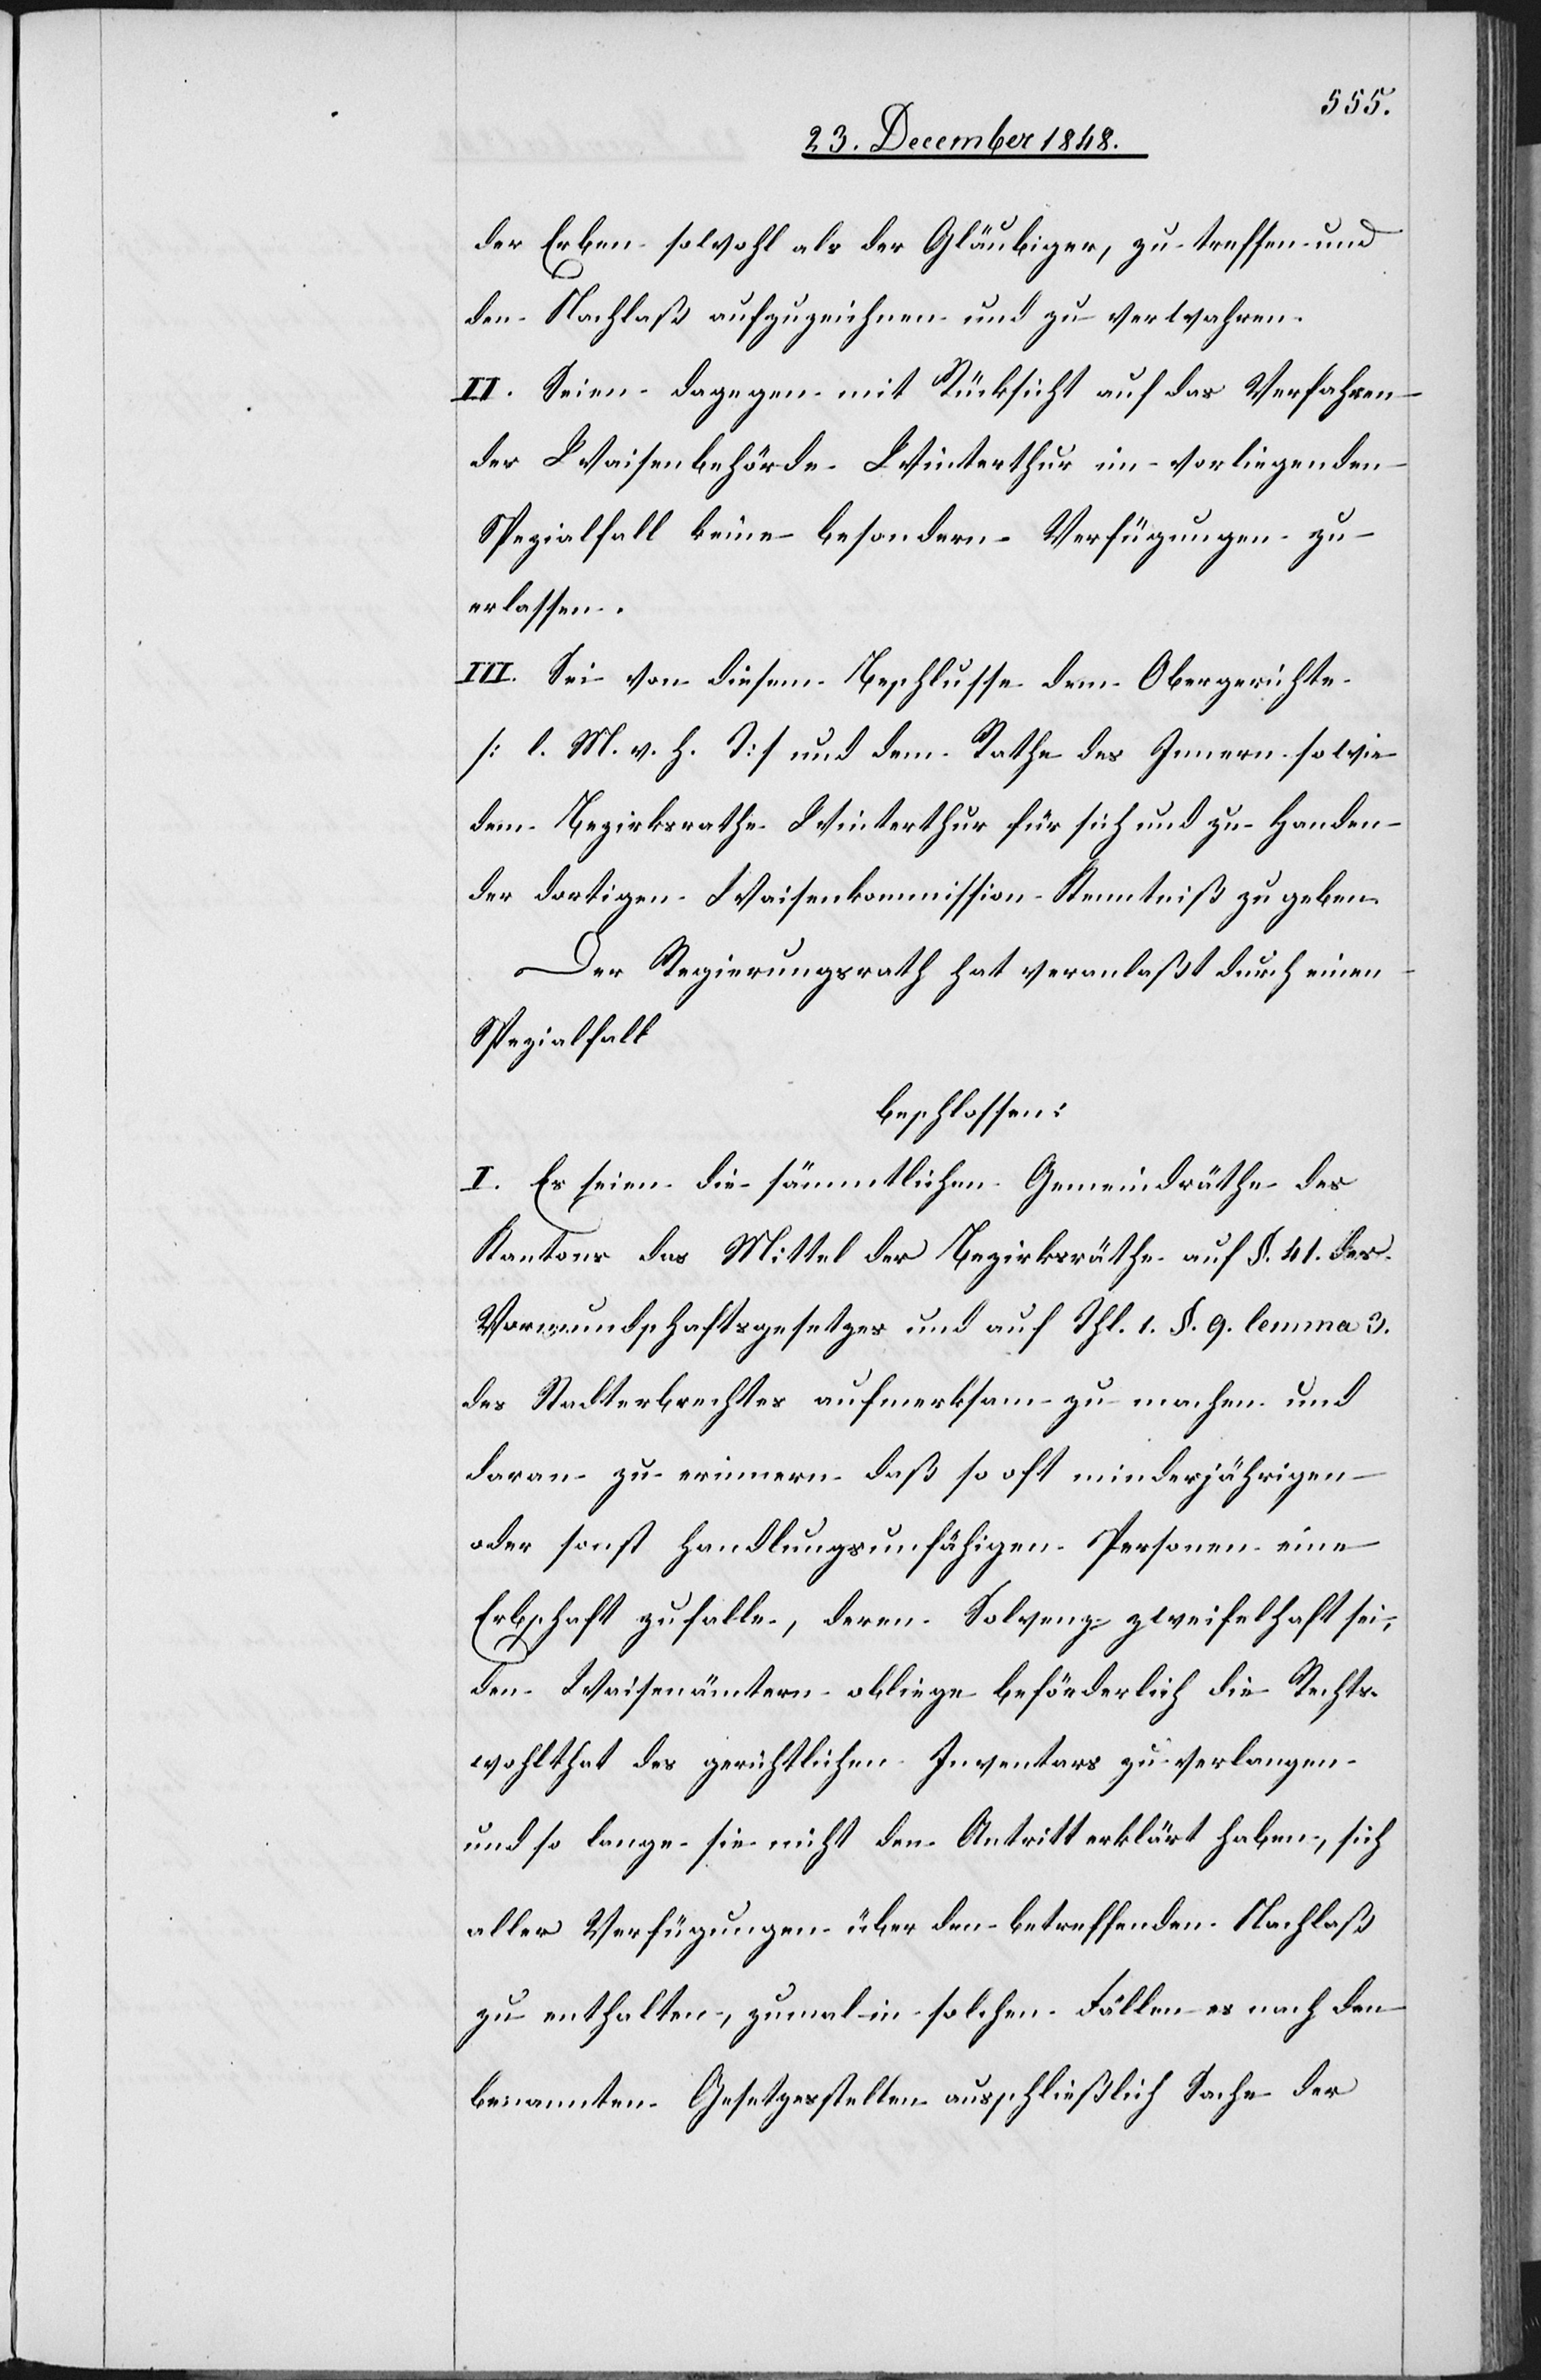
der Erben sowohl als der Gläubiger, zu treffen und
den Nachlaß aufzuzeichnen und zu verwahren.
II. Seien dagegen mit Rücksicht auf das Verfahren
der Waisenbehörde Winterthur im vorliegenden
Spezialfall keine besondern Verfügungen zu
erlassen.
III. Sei von diesem Beschlusse dem Obergerichte
[l. M. v. h. T] und dem Rathe des Innern sowie
dem Bezirksrathe Winterthur für sich und zu Handen
der dortigen Waisenkommisison Kenntniß zu geben.
Der Regierungsrath hat veranlaßt durch einen
Spezialfall
beschlossen.
I. Es seien die sämmtlichen Gemeindräthe des
[durch] das Mittel der Bezirksräthe auf §. 41. des
Vormundschaftsgesetzes und auf Thl. 1. §. 9. lemma 3.
des Stadterbrechtes aufmerksam zu machen und
daran zu erinnern daß so oft minderjährigen
oder sonst handlungsunfähigen Personen eine
Erbschaft zufalle, deren Solvenz zweifelhaft sei,
den Waisenämtern obliege beförderlich die Rechts¬
wohlthat des gerichtlichen Inventars zu verlangen
und so lange sie nicht den Antritt erklärt haben, sich
aller Verfügungen über den betreffenden Nachlaß
zu enthalten, zumal in solchen Fällen es nach den
benannten Gesetzesstellen ausschließlich Sache der